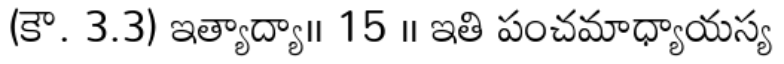
(కౌ. 3.3) ఇత్యాద్యా।। 15 ।। ఇతి పంచమాధ్యాయస్య